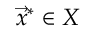
{ \vec { x } } ^ { * } \in X